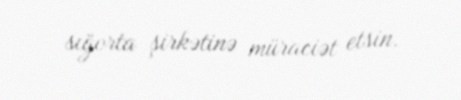
sığorta şirkətinə müraciət etsin.